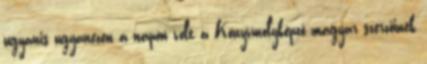
ugyanis ugyanezen a napon volt a Könyvmolyképző magyar szerzőinek